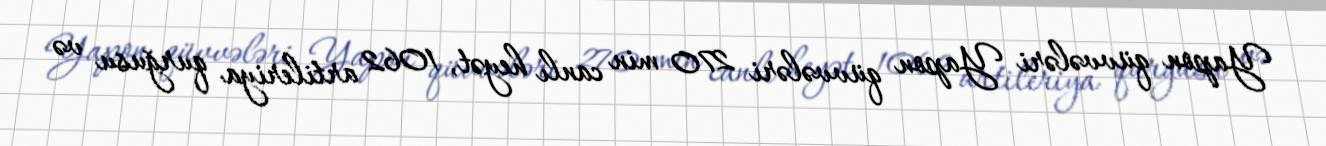
Yapon qüvvələri Yapon qüvvələri 270 min canlı heyət, 1062 artileriya qurğusu və